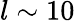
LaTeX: l\sim 10